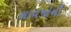
સાવજોની